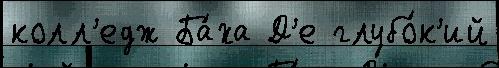
колл'едж Ба́ха Д'е глубо́к'ий